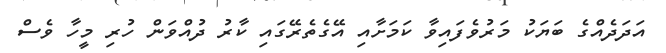
އަދަދެއްގެ ބަޔަކު މަރުވެފައިވާ ކަމަށާއި އޭގެތެރޭގައި ކާރު ދުއްވަން ހުރި މީހާ ވެސް